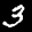
Label: 3